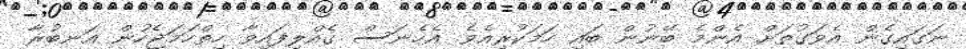
ނަގައިގެން އެވަގުތަށް އެންމެ ބޭނުން ބައި ހަމަކުރިއެވެ. އެހެނަސް ގެއްލިފައިވާ ހިތްހަމަޖެހުން އަނބުރާ